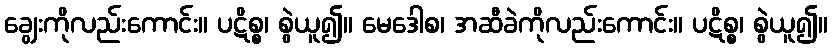
ချွေးကိုလည်းကောင်း။ ပဋိစ္စ၊ စွဲယူ၍။ မေဒေါစ၊ အဆီခဲကိုလည်းကောင်း။ ပဋိစ္စ၊ စွဲယူ၍။